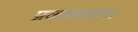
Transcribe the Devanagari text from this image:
प्रकाशवान।